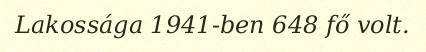
Lakossága 1941-ben 648 fő volt.